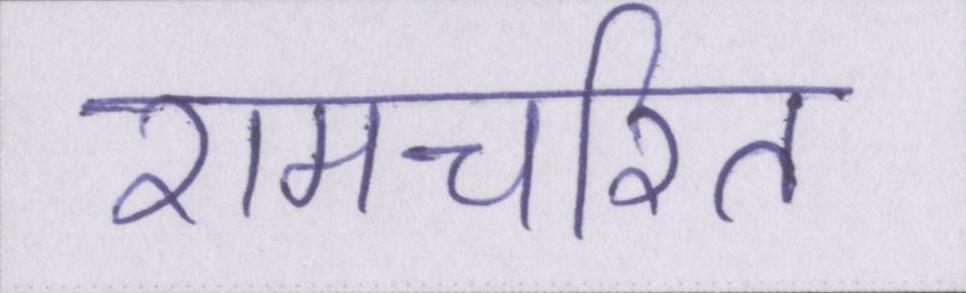
रामचरित